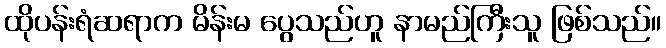
ထိုပန်းရံဆရာက မိန်းမ ပွေသည်ဟူ နာမည်ကြီးသူ ဖြစ်သည်။